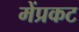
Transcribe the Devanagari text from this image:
मेंप्रकट